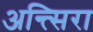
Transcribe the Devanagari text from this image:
अन्त्सिरा